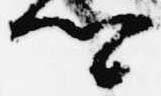
卿